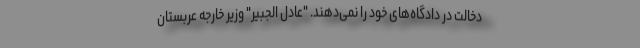
دخالت در دادگاه‌های خود را نمی‌دهند. "عادل الجبیر" وزیر خارجه عربستان